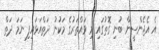
އެ އެޖެންސީން ބުނި ގޮތުގައި މި ވައްތަރުގެ މަކުނު ދަތްއަޅައިފި ނަމަ ދަތް